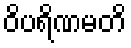
ဝိပရိဏမတိ